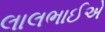
લાલભાઈએ